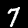
Digit: 7